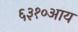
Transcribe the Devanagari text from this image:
६३१०आय